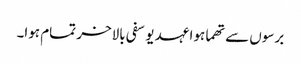
برسوں سے تھما ہوا عہد یوسفی بالاخر تمام ہوا۔